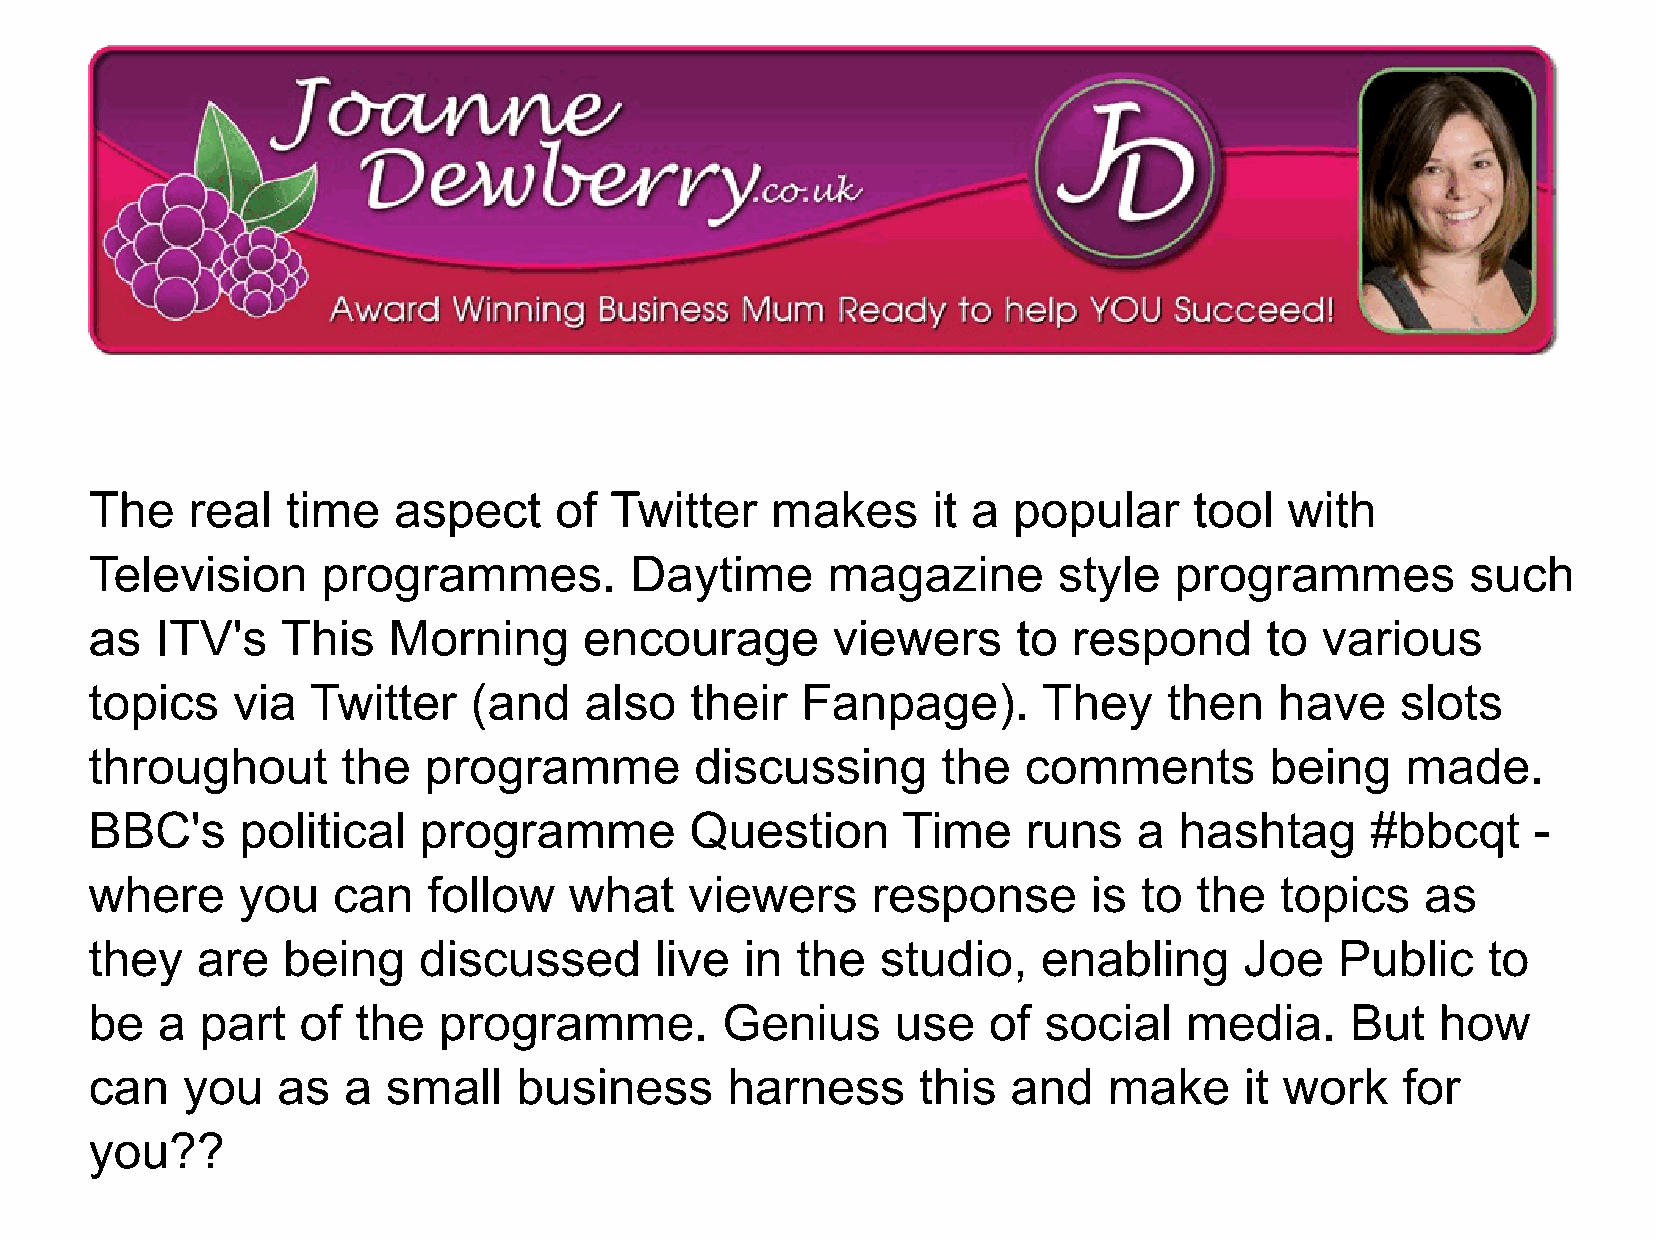
The   real   time   aspect     of Twitter    makes      it a popular     tool  with
 Television     programmes.          Daytime      magazine       style   programmes         such
 as  ITV's    This   Morning      encourage       viewers     to  respond      to various
 topics   via  Twitter    (and    also   their  Fanpage).       They    then    have    slots
 throughout       the  programme         discussing      the   comments        being    made.
 BBC's     political   programme         Question      Time    runs   a  hashtag      #bbcqt     -
 where     you   can   follow    what    viewers     response      is  to the   topics   as
 they   are   being    discussed      live  in  the  studio,    enabling     Joe    Public   to
 be  a  part   of  the  programme.         Genius     use   of  social   media.     But   how
 can   you   as   a  small   business      harness      this  and   make     it work    for
 you??